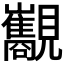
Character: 𧢧